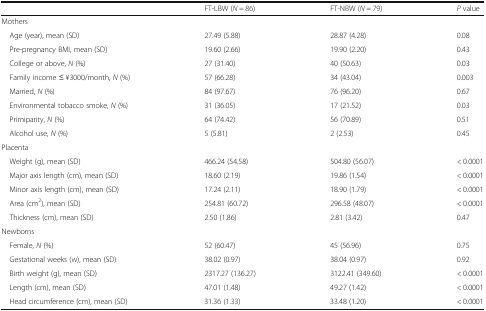
|  | FT-LBW (N = 86) | FT-NBW (N = 79) | P value |
 | --- | --- | --- | --- |
 | <COLSPAN=4> Mothers |
 | Age (year), mean (SD) | 27.49 (5.88) | 28.87 (4.28) | 0.08 |
 | Pre-pregnancy BMI, mean (SD) | 19.60 (2.66) | 19.90 (2.20) | 0.43 |
 | College or above, N (%) | 27 (31.40) | 40 (50.63) | 0.03 |
 | Family income ≤ ¥3000/month, N (%) | 57 (66.28) | 34 (43.04) | 0.003 |
 | Married, N (%) | 84 (97.67) | 76 (96.20) | 0.67 |
 | Environmental tobacco smoke, N (%) | 31 (36.05) | 17 (21.52) | 0.03 |
 | Primiparity, N (%) | 64 (74.42) | 56 (70.89) | 0.51 |
 | Alcohol use, N (%) | 5 (5.81) | 2 (2.53) | 0.45 |
 | <COLSPAN=4> Placenta |
 | Weight (g), mean (SD) | 466.24 (54.58) | 504.80 (56.07) | < 0.0001 |
 | Major axis length (cm), mean (SD) | 18.60 (2.19) | 19.86 (1.54) | < 0.0001 |
 | Minor axis length (cm), mean (SD) | 17.24 (2.11) | 18.90 (1.79) | < 0.0001 |
 | Area (cm2), mean (SD) | 254.81 (60.72) | 296.58 (48.07) | < 0.0001 |
 | Thickness (cm), mean (SD) | 2.50 (1.86) | 2.81 (3.42) | 0.47 |
 | <COLSPAN=4> Newborns |
 | Female, N (%) | 52 (60.47) | 45 (56.96) | 0.75 |
 | Gestational weeks (w), mean (SD) | 38.02 (0.97) | 38.04 (0.97) | 0.92 |
 | Birth weight (g), mean (SD) | 2317.27 (136.27) | 3122.41 (349.60) | < 0.0001 |
 | Length (cm), mean (SD) | 47.01 (1.48) | 49.27 (1.42) | < 0.0001 |
 | Head circumference (cm), mean (SD) | 31.36 (1.33) | 33.48 (1.20) | < 0.0001 |